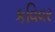
કવિવર